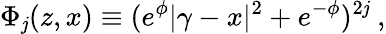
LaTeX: \Phi_{\mathit{j}}(z,x)\equiv(e^{\phi}|\gamma-x|^{2}+e^{-\phi})^{2\mathit{j}}~,